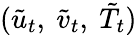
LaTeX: (\tilde{u}_{t},\ \tilde{v}_{t},\ \tilde{T}_{t})